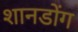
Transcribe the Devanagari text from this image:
शानडोंग